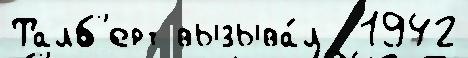
Талб'ерт вызыва́л  1942